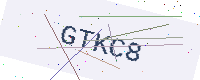
Text: GTKC8